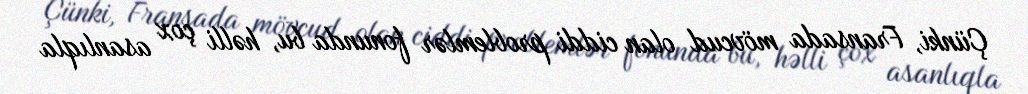
Çünki, Fransada mövcud olan ciddi problemlər fonunda bu, həlli çox asanlıqla